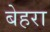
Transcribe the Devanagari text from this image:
बेहरा